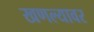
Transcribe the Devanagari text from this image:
खणल्यावर